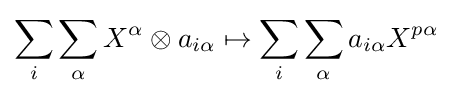
\sum _{i}\sum _{\alpha }X^{\alpha }\otimes a_{i\alpha }\mapsto \sum _{i}\sum _{\alpha }a_{i\alpha }X^{p\alpha }